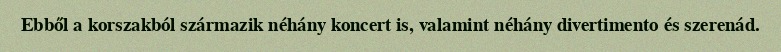
Ebből a korszakból származik néhány koncert is, valamint néhány divertimento és szerenád.